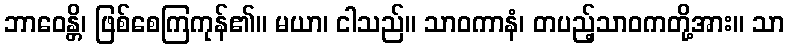
ဘာဝေန္တိ၊ ဖြစ်စေကြကုန်၏။ မယာ၊ ငါသည်။ သာဝကာနံ၊ တပည့်သာဝကတို့အား။ သာ